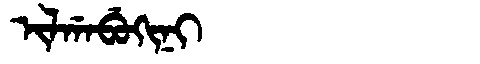
Manchu: ᡳᠯᡤᠠᠪᡠᡴᡳᠨᡳ
Romanization: ILGABUKINI